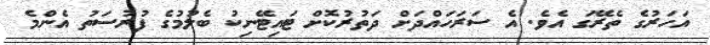
އަހަރުގެ ތެރޭގަ އެވެ. އެ ސަރަހައްދަށް ދަތުރުކޮށް ޓައިޓޭނިކު ބެލުމުގެ ފުރުސަތު އެންމެ